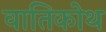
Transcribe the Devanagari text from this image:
वातिकोथ